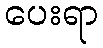
ပေးရာ